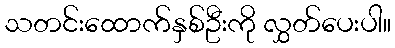
သတင်းထောက်နှစ်ဦးကို လွှတ်ပေးပါ။